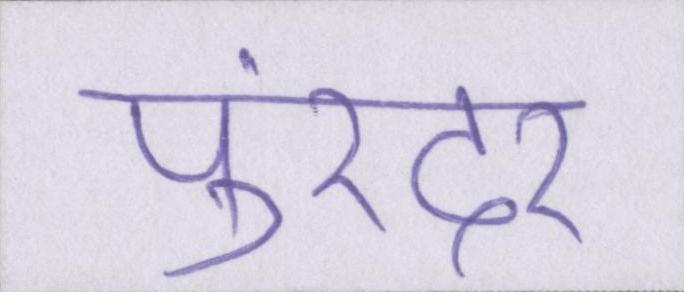
पुरंदर